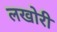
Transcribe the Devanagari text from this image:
लखोरी